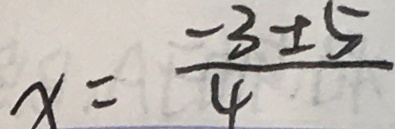
x = \frac { - 3 \pm 5 } { 4 }